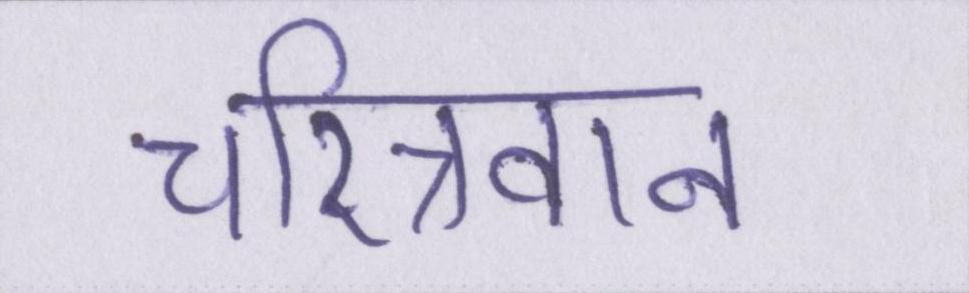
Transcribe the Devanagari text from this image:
चरित्रवान